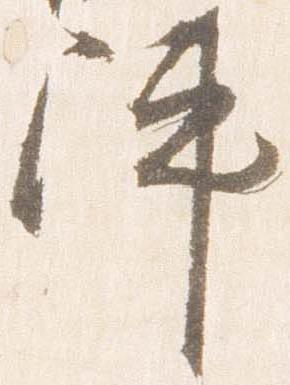
陣